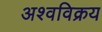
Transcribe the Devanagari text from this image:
अश्वविक्रय